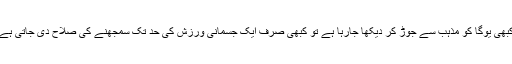
کبھی یوگا کو مذہب سے جوڑ کر دیکھا جارہا ہے تو کبھی صرف ایک جسمانی ورزش کی حد تک سمجھنے کی صلاح دی جاتی ہے۔